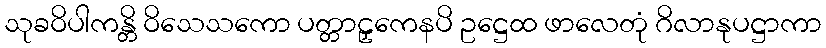
သုခဝိပါကန္တိ ဝိသေသကော ပတ္တာဠှကေနပိ ဥဋ္ဌေထ ဖာလေတုံ ဂိလာနုပဋ္ဌာကာ